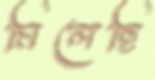
মিলেছি